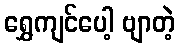
ရွှေကျင်ပေါ့ ဗျာတဲ့